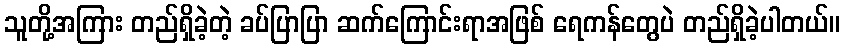
သူတို့အကြား တည်ရှိခဲ့တဲ့ ခပ်ပြာပြာ ဆက်ကြောင်းရာအဖြစ် ရေကန်တွေပဲ တည်ရှိခဲ့ပါတယ်။